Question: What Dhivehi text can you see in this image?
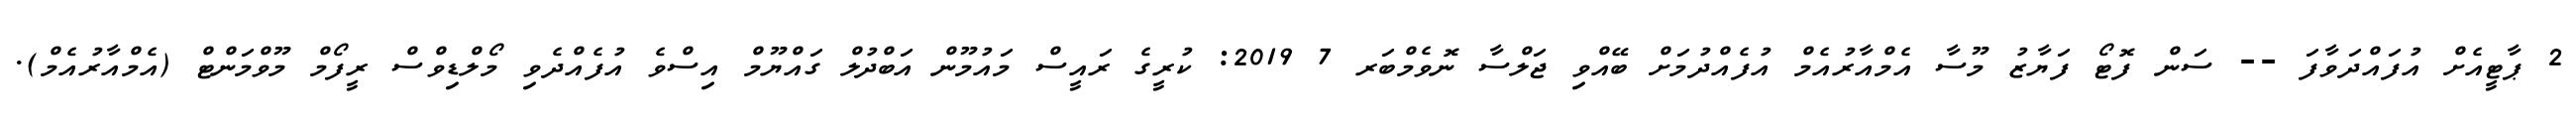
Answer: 2 ޕާޓީއެށް އުފައްދަވާފަ -- ސަން ފޮޓޯ ފަޔާޒު މޫސާ އެމްއާރުއެމް އުފެއްދުމަށް ބޭއްވި ޖަލްސާ ނޮވެމްބަރ 7 2019: ކުރީގެ ރައީސް މައުމޫން އަބްދުލް ގައްޔޫމް އިސްވެ އުފެއްދެވި މޯލްޑިވްސް ރީފޯމް މޫވްމަންޓް (އެމްއާރުއެމް).